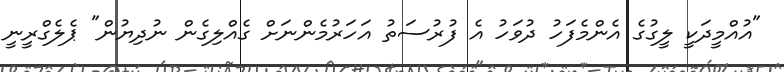
"އުއްމީދަކީ ލީގުގެ އެންމެފަހު ދުވަހު އެ ފުރުސަތު އަހަރުމެންނަށް ގެއްލިގެން ނުދިޔުން" ޕެލެގްރީނީ